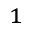
^ { 1 }